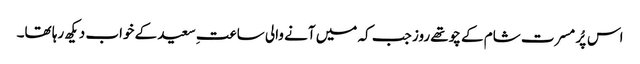
اس پُر مسرت شام کے چوتھے روز جب کہ میں آنے والی ساعتِ سعید کے خواب دیکھ رہا تھا۔